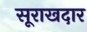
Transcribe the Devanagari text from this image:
सूराखदार